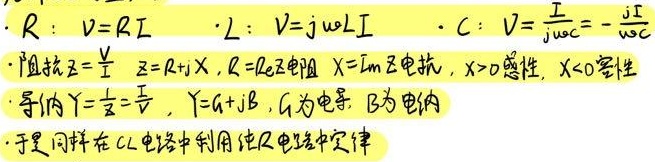
\(\cdot R:V = RI\quad\cdot L:V = j\omega LI\quad\cdot C:V=\frac{I}{j\omega C}=-\frac{jI}{\omega C}\)
·阻抗\(Z = \frac{V}{I}\quad Z = R + jX\), \(R=\mathrm{Re}Z\)电阻，\(X = \mathrm{Im}Z\)电抗，\(X>0\)感性，\(X<0\)容性
·导纳\(Y=\frac{1}{Z}=\frac{I}{V}\)，\(Y = G + jB\)，\(G\)为电导，\(B\)为电纳
·于是同样在\(RLC\)电路中利用纯\(R\)电路中定律